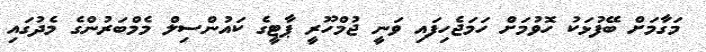
މަގާމަށް ބޭފުޅަކު ހޮވުމަށް ހަމަޖެހިފައި ވަނީ ޖުމްހޫރީ ޕާޓީގެ ކައުންސިލް މެމްބަރުންގެ މެދުގައި